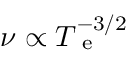
\nu \propto T _ { \mathrm { ~ e ~ } } ^ { - 3 / 2 }